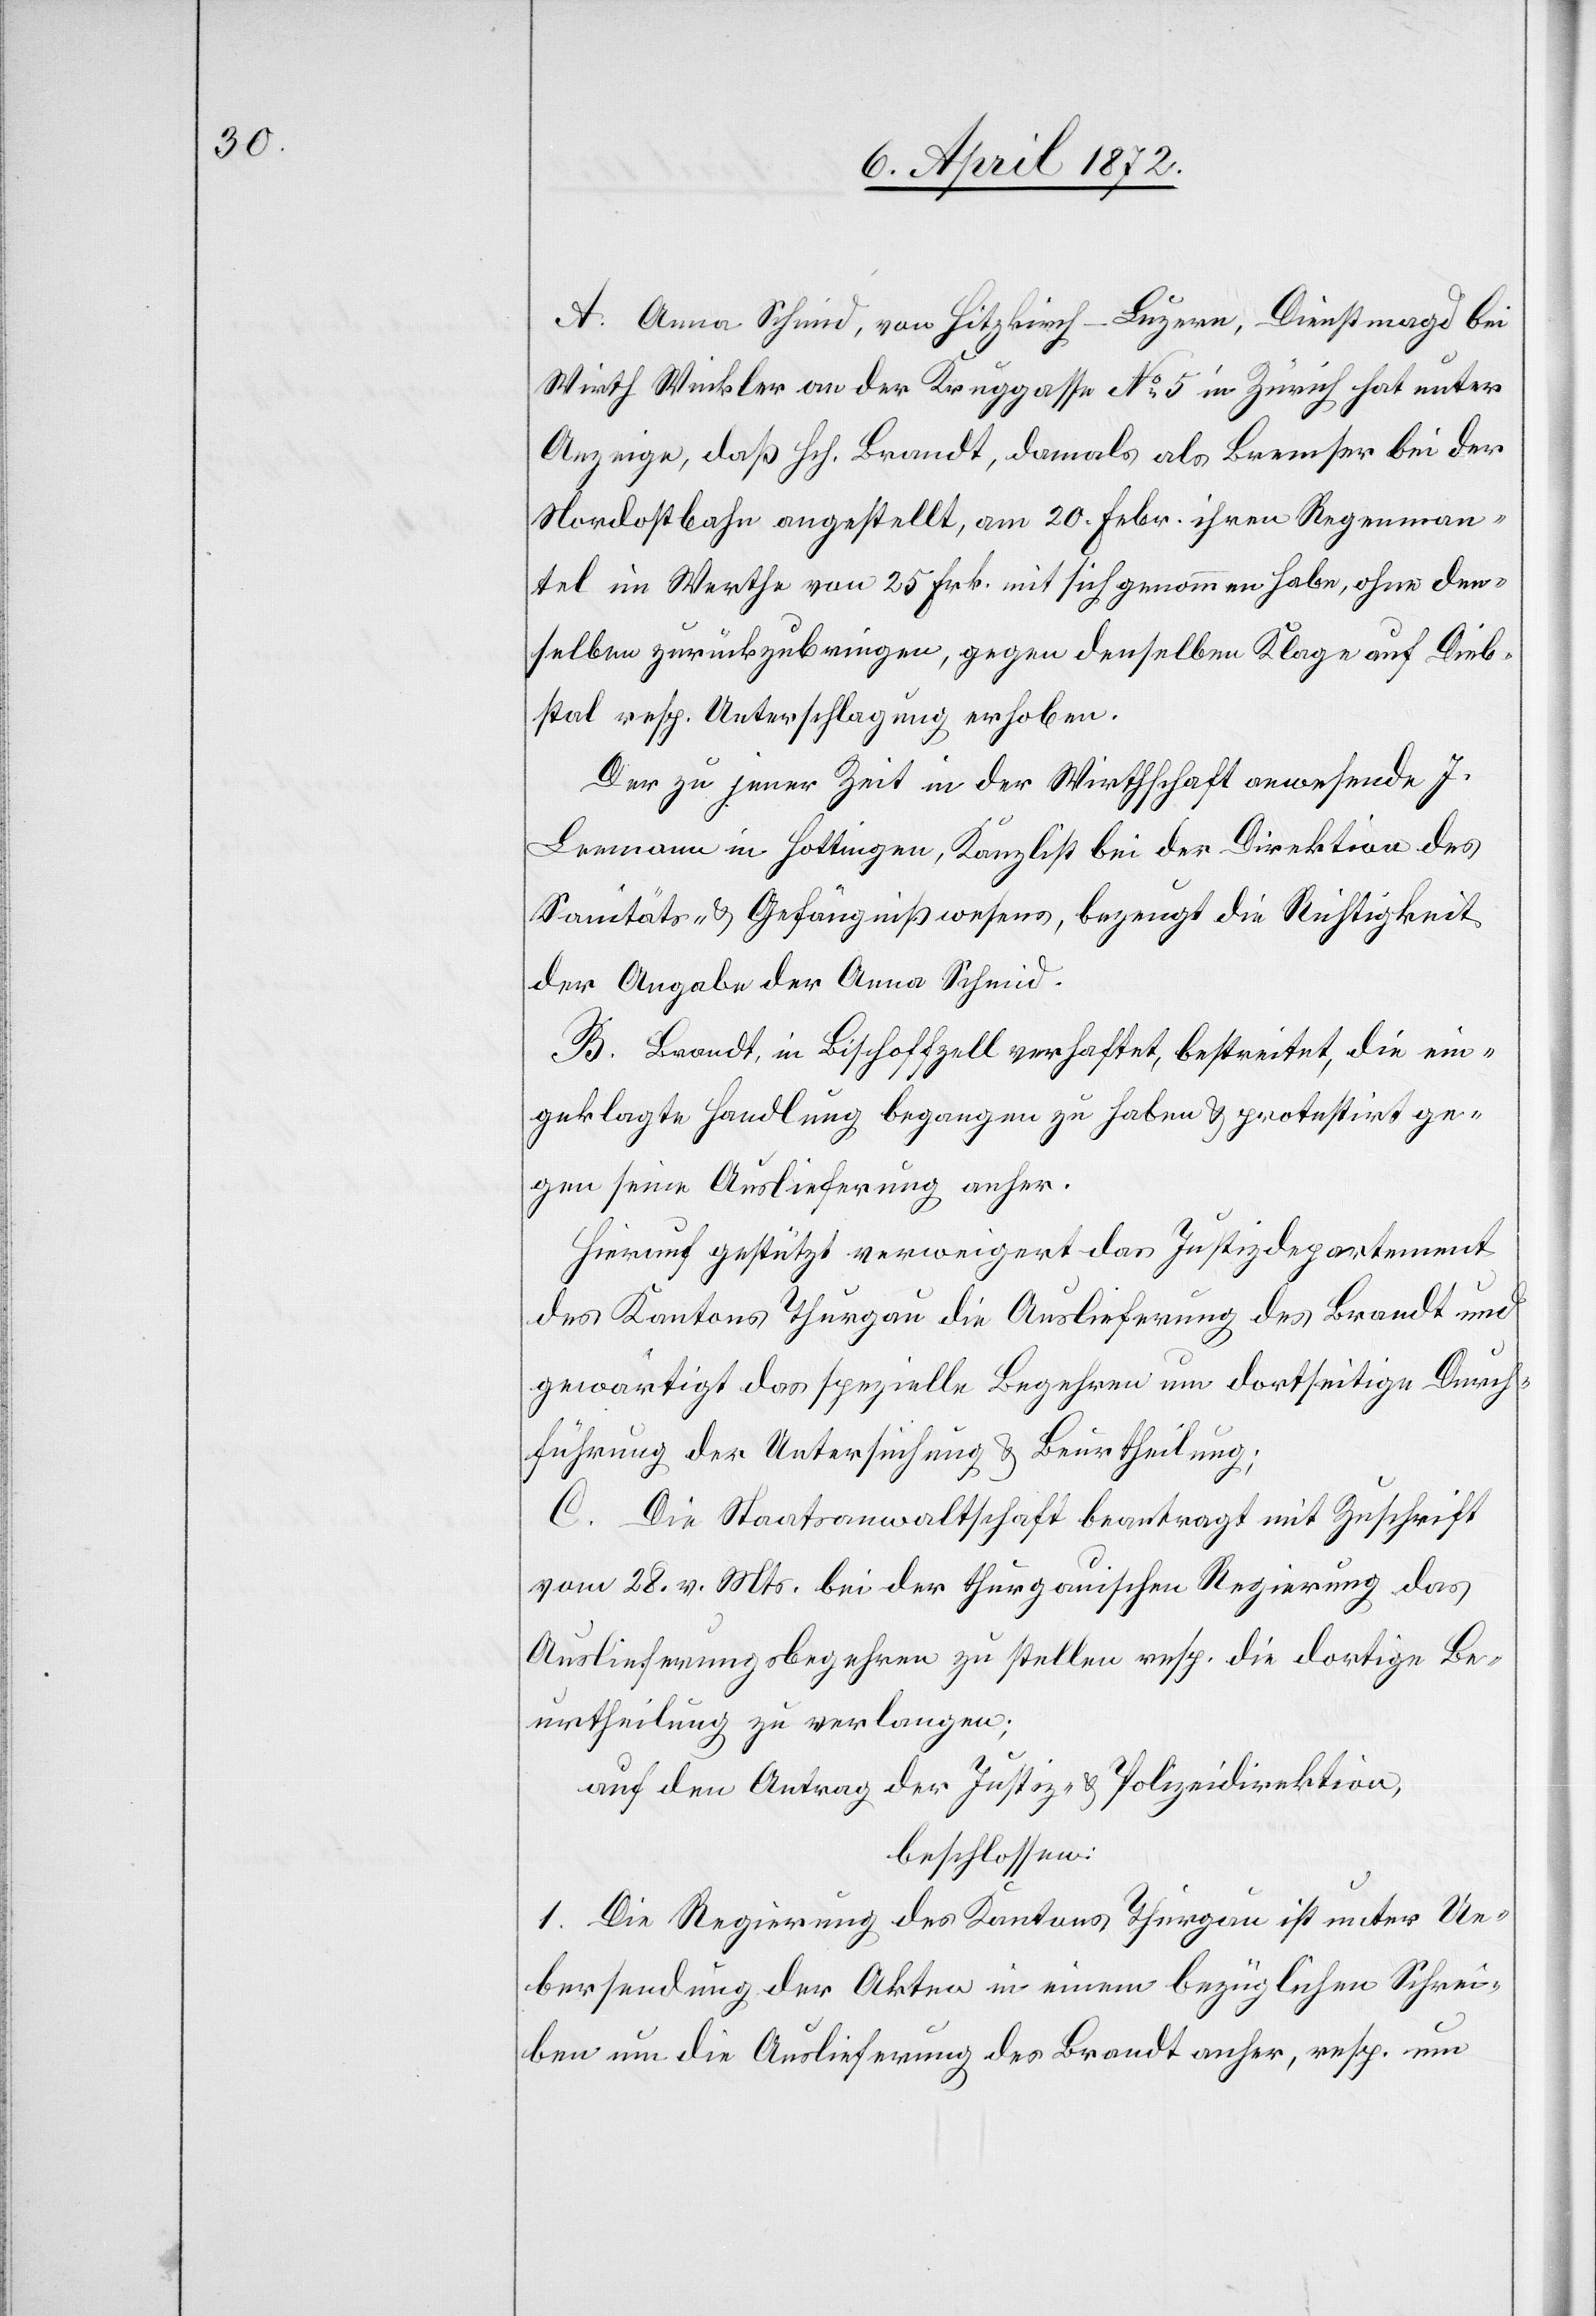
A. Anna Schmid, von Hitzkirch-Luzern, Dienstmagd bei
Wirth Winkler an der Kruggasse No 5 in Zürich hat unter
Anzeige, daß Hrch. Brandt, damals als Bremser bei
Nordostbahn angestellt, am 20. Febr. ihren Regenman¬
tel im Werthe von 25. Frk. mit sich genommen habe, ohne den¬
selben zurückzubringen, gegen denselben Klage auf Dieb¬
stahl resp. Unterschlagung erhoben.
Der zu jener Zeit in der Wirthschaft anwesende J.
Leemann in Hottingen, Kanzlist bei der Direktion des
Sanitäts- u. Gefängnißwesens, bezeugt die Richtigkeit
der Angabe der Anna Schmid.
B. Brandt, in Bischoffzell verhaftet, bestreitet, die ein¬
geklagte Handlung begangen zu haben u. protestirt ge¬
gen seine Auslieferung anher.
Hierauf gestützt verweigert das Justizdepartement
des Kantons Thurgau die Auslieferung des Brandt und
gewärtigt das spezielle Begehren um dortseitige Durch¬
führung der Untersuchung u. Beurtheilung;
C. Die Staatsanwaltschaft beantragt mit Zuschrift
vom 28. v. Mts. bei der thurgauischen Regierung das
Auslieferungsbegehren zu stellen resp. die dortige Be¬
urtheilung zu verlangen;
auf den Antrag der Justiz- u. Polizeidirektion,
beschlossen:
1. Die Regierung des Kantons Thurgau ist unter Ue¬
bersendung der Akten in einem bezüglichen Schrei¬
ben um die Auslieferung des Brandt anher, resp. um